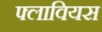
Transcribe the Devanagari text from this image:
फ्लावियस